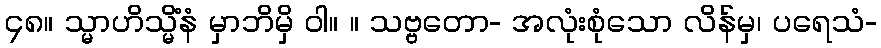
၄၈။ သ္မာဟိသ္မိံနံ မှာဘိမှိ ဝါ။ ။ သဗ္ဗတော- အလုံးစုံသော လိန်မှ၊ ပရေသံ-